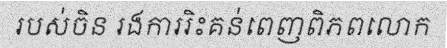
របស់ចិន រងការរិះគន់ពេញពិភពលោក